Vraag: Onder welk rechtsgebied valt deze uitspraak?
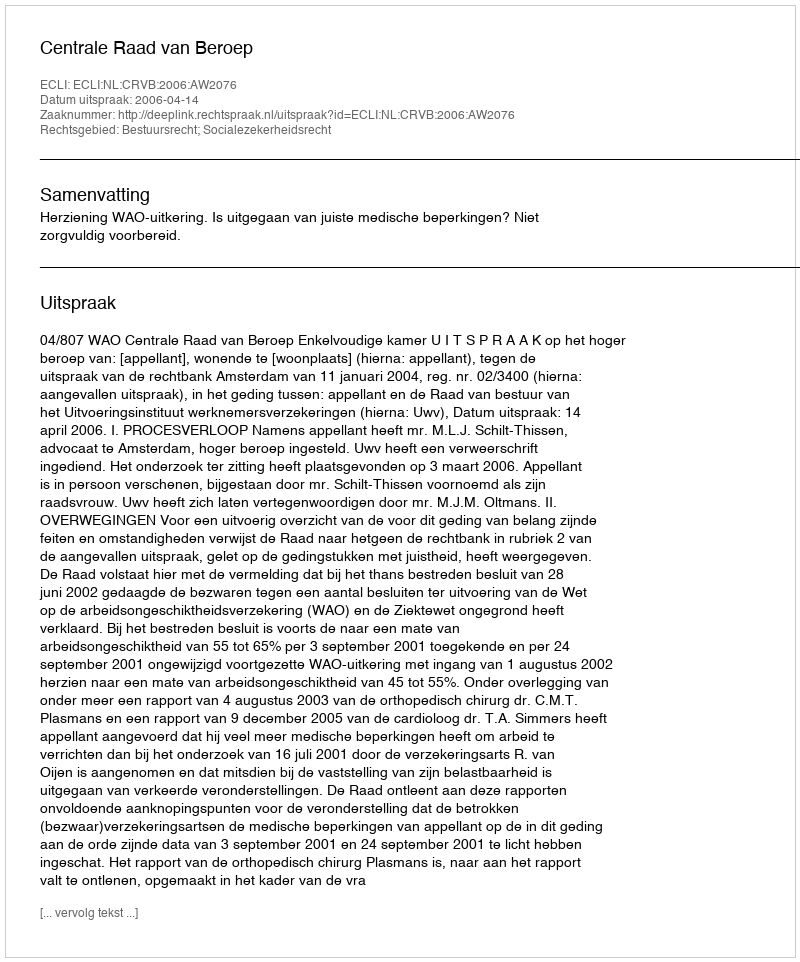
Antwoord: Bestuursrecht; Socialezekerheidsrecht